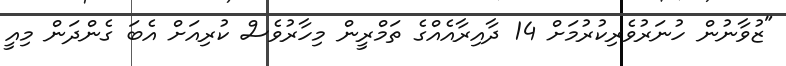
"ޒުވާނުން ހުނަރުވެރިކުރުމަށް 14 ދާއިރާއެއްގެ ތަމްރީން މިހާރުވެސް ކުރިއަށް އެބަ ގެންދަން މިއީ